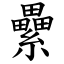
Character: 纍